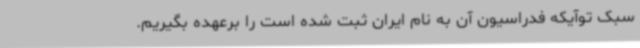
سبک توآیکه فدراسیون آن به نام ایران ثبت شده است را برعهده بگیریم.